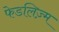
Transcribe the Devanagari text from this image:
फेडलिज़्म